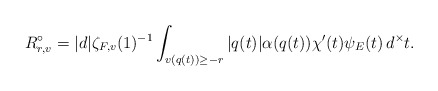
\begin{align*}R_{r,v}^{\circ}= |d|\zeta_{F,v}(1)^{-1}\int_{v(q(t))\geq -r} |q(t)|\alpha(q(t))\chi'(t) \psi_{E}(t)\, d^{\times}t. \end{align*}